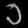
Digit: ၁